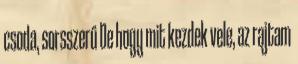
csoda, sorsszerű De hogy mit kezdek vele, az rajtam